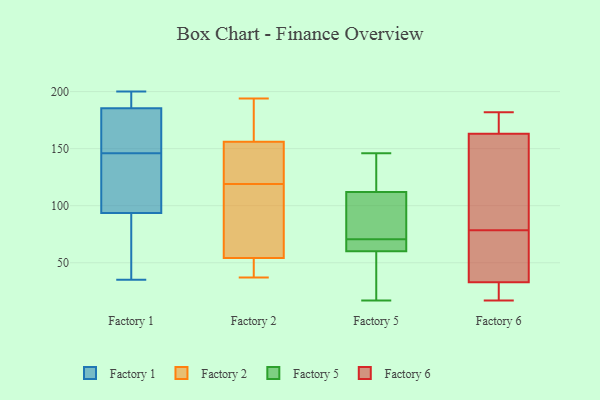
{"axis": {"x": "Population (Million)", "y": "Value"}, "legend": ["Factory 1", "Factory 2", "Factory 5", "Factory 6"], "data": [{"x": "", "y": 154, "type": "Factory 1"}, {"x": "", "y": 126, "type": "Factory 1"}, {"x": "", "y": 54, "type": "Factory 1"}, {"x": "", "y": 146, "type": "Factory 1"}, {"x": "", "y": 35, "type": "Factory 1"}, {"x": "", "y": 126, "type": "Factory 1"}, {"x": "", "y": 57, "type": "Factory 1"}, {"x": "", "y": 200, "type": "Factory 1"}, {"x": "", "y": 152, "type": "Factory 1"}, {"x": "", "y": 144, "type": "Factory 1"}, {"x": "", "y": 196, "type": "Factory 1"}, {"x": "", "y": 200, "type": "Factory 1"}, {"x": "", "y": 194, "type": "Factory 1"}, {"x": "", "y": 93, "type": "Factory 1"}, {"x": "", "y": 95, "type": "Factory 1"}, {"x": "", "y": 42, "type": "Factory 1"}, {"x": "", "y": 178, "type": "Factory 1"}, {"x": "", "y": 188, "type": "Factory 1"}, {"x": "", "y": 172, "type": "Factory 1"}, {"x": "", "y": 40, "type": "Factory 2"}, {"x": "", "y": 96, "type": "Factory 2"}, {"x": "", "y": 37, "type": "Factory 2"}, {"x": "", "y": 105, "type": "Factory 2"}, {"x": "", "y": 177, "type": "Factory 2"}, {"x": "", "y": 133, "type": "Factory 2"}, {"x": "", "y": 120, "type": "Factory 2"}, {"x": "", "y": 58, "type": "Factory 2"}, {"x": "", "y": 119, "type": "Factory 2"}, {"x": "", "y": 107, "type": "Factory 2"}, {"x": "", "y": 153, "type": "Factory 2"}, {"x": "", "y": 131, "type": "Factory 2"}, {"x": "", "y": 194, "type": "Factory 2"}, {"x": "", "y": 172, "type": "Factory 2"}, {"x": "", "y": 38, "type": "Factory 2"}, {"x": "", "y": 43, "type": "Factory 2"}, {"x": "", "y": 165, "type": "Factory 2"}, {"x": "", "y": 112, "type": "Factory 5"}, {"x": "", "y": 66, "type": "Factory 5"}, {"x": "", "y": 143, "type": "Factory 5"}, {"x": "", "y": 99, "type": "Factory 5"}, {"x": "", "y": 51, "type": "Factory 5"}, {"x": "", "y": 63, "type": "Factory 5"}, {"x": "", "y": 60, "type": "Factory 5"}, {"x": "", "y": 17, "type": "Factory 5"}, {"x": "", "y": 75, "type": "Factory 5"}, {"x": "", "y": 146, "type": "Factory 5"}, {"x": "", "y": 171, "type": "Factory 6"}, {"x": "", "y": 181, "type": "Factory 6"}, {"x": "", "y": 163, "type": "Factory 6"}, {"x": "", "y": 33, "type": "Factory 6"}, {"x": "", "y": 22, "type": "Factory 6"}, {"x": "", "y": 36, "type": "Factory 6"}, {"x": "", "y": 74, "type": "Factory 6"}, {"x": "", "y": 182, "type": "Factory 6"}, {"x": "", "y": 17, "type": "Factory 6"}, {"x": "", "y": 67, "type": "Factory 6"}, {"x": "", "y": 114, "type": "Factory 6"}, {"x": "", "y": 25, "type": "Factory 6"}, {"x": "", "y": 157, "type": "Factory 6"}, {"x": "", "y": 83, "type": "Factory 6"}]}